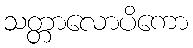
သတ္တာလောပိကော